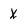
Character: X